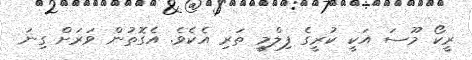
ރީކޯ މޫސަ އަކީ ކުރީގެ ފިލްމީ ތަރި އެކެވެ. އެގޮތުން ވަރަށް ގިނަ